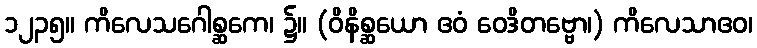
၁၂၃၅။ ကိလေသဂေါစ္ဆကေ၊ ၌။ (ဝိနိစ္ဆယော ဧဝံ ဝေဒိတဗ္ဗော၊) ကိလေသာဧဝ၊